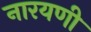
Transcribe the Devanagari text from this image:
नारयणी